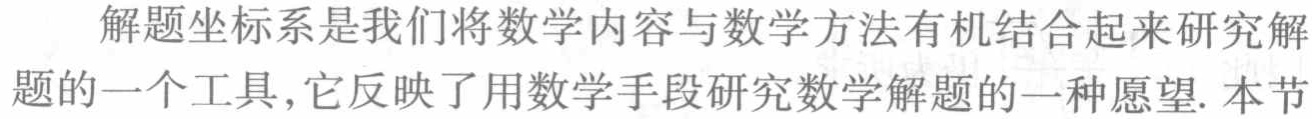
解题坐标系是我们将数学内容与数学方法有机结合起来研究解题的一个工具,它反映了用数学手段研究数学解题的一种愿望. 本节